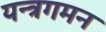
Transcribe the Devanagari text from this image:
यन्त्रगमन